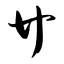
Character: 廿